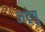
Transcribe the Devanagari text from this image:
अट्रेयु